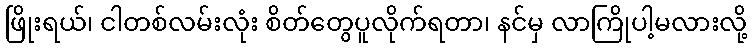
ဖြိုးရယ်၊ ငါတစ်လမ်းလုံး စိတ်တွေပူလိုက်ရတာ၊ နင်မှ လာကြိုပါ့မလားလို့